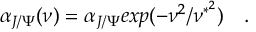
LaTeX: \alpha _ { J / \Psi } ( \nu ) = \alpha _ { J / \Psi } e x p ( - \nu ^ { 2 } / \nu ^ { * ^ { 2 } } ) \ \ \ .